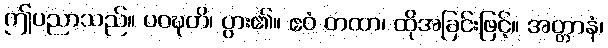
ဤပညာသည်။ ပဝဍ္ဎတိ၊ ပွား၏။ ဧဝံ တထာ၊ ထိုအခြင်းဖြင့်။ အတ္တာနံ၊